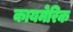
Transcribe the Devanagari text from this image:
कायमेरिक